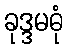
ခုဒ္ဒမဓုံ